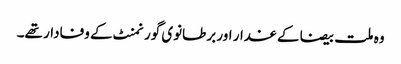
وہ ملت بیضا کے غدار اور برطانوی گورنمنٹ کے وفادار تھے۔